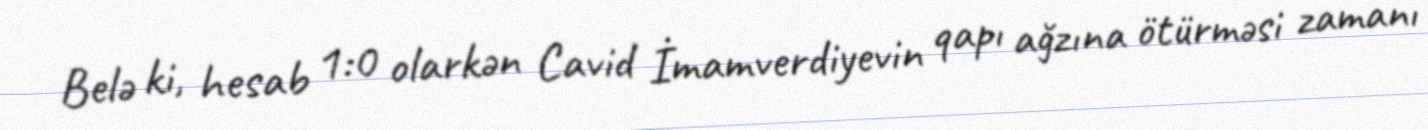
Belə ki, hesab 1:0 olarkən Cavid İmamverdiyevin qapı ağzına ötürməsi zamanı